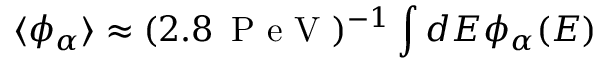
\langle \phi _ { \alpha } \rangle \approx ( 2 . 8 \, \mathrm { ~ P ~ e ~ V ~ } ) ^ { - 1 } \int d E \phi _ { \alpha } ( E )